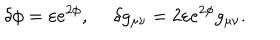
LaTeX: \delta \phi = \varepsilon e ^ { 2 \phi } , \ \delta g _ { \mu \nu } = 2 \varepsilon e ^ { 2 \phi } g _ { \mu \nu } .